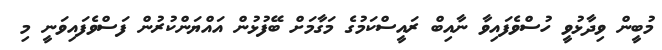
މުބީން ވިދާޅުވީ ހުސްވެފައިވާ ނާއިބް ރައީސްކަމުގެ މަގާމަށް ބޭފުޅުން އައްޔަންކުރުން ފަސްވެފައިވަނީ މި